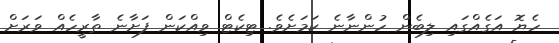
ހެޔޮ އަގެއްގައި ލިބެން ހުންނާނެ ކަމަށެވެ. ޓިކެޓް ވިއްކަން ފަށާނެ ތާރީހެއް ވަރަށް